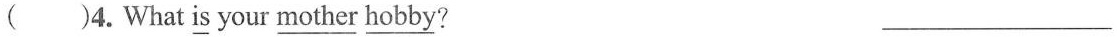
( )4.What \underline{is} your \underline{mother} \underline{hobby}? ___